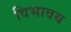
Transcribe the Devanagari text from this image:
विभावय